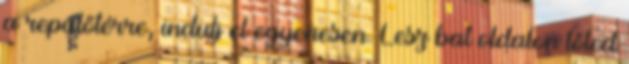
a repülőtérre, indulj el egyenesen. Lesz bal oldalon tőled